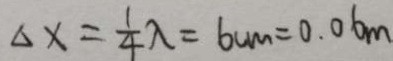
\Delta x = \frac { 1 } { 4 } \lambda = 6 c m = 0 . 0 6 m